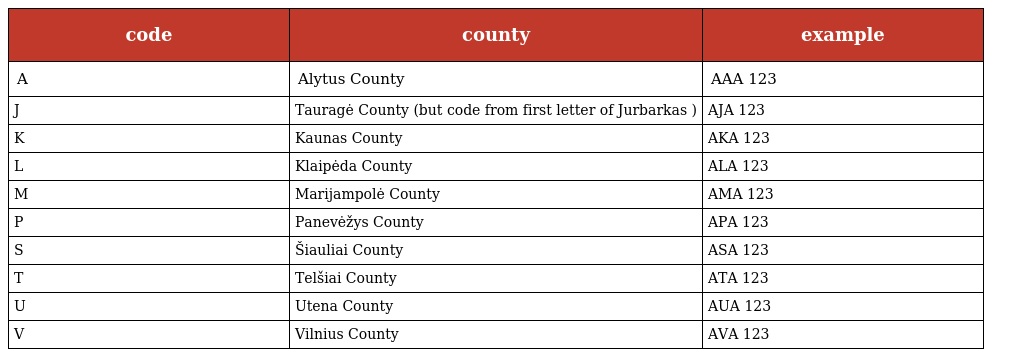
| code | county | example |
 | --- | --- | --- |
 | A | Alytus County | AAA 123 |
 | J | Tauragė County (but code from first letter of Jurbarkas ) | AJA 123 |
 | K | Kaunas County | AKA 123 |
 | L | Klaipėda County | ALA 123 |
 | M | Marijampolė County | AMA 123 |
 | P | Panevėžys County | APA 123 |
 | S | Šiauliai County | ASA 123 |
 | T | Telšiai County | ATA 123 |
 | U | Utena County | AUA 123 |
 | V | Vilnius County | AVA 123 |